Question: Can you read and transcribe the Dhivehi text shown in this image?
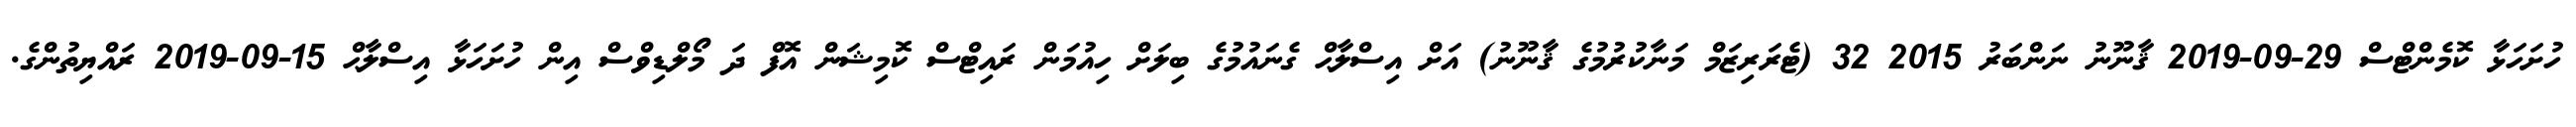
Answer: ހުށަހަޅާ ކޮމެންޓްސް 29-09-2019 ޤާނޫނު ނަންބަރު 2015 32 (ޓެރަރިޒަމް މަނާކުރުމުގެ ޤާނޫނު) އަށް އިސްލާޙް ގެނައުމުގެ ބިލަށް ހިއުމަން ރައިޓްސް ކޮމިޝަން އޮފް ދަ މޯލްޑިވްސް އިން ހުށަހަޅާ އިސްލާޙް 15-09-2019 ރައްޔިތުންގެ.